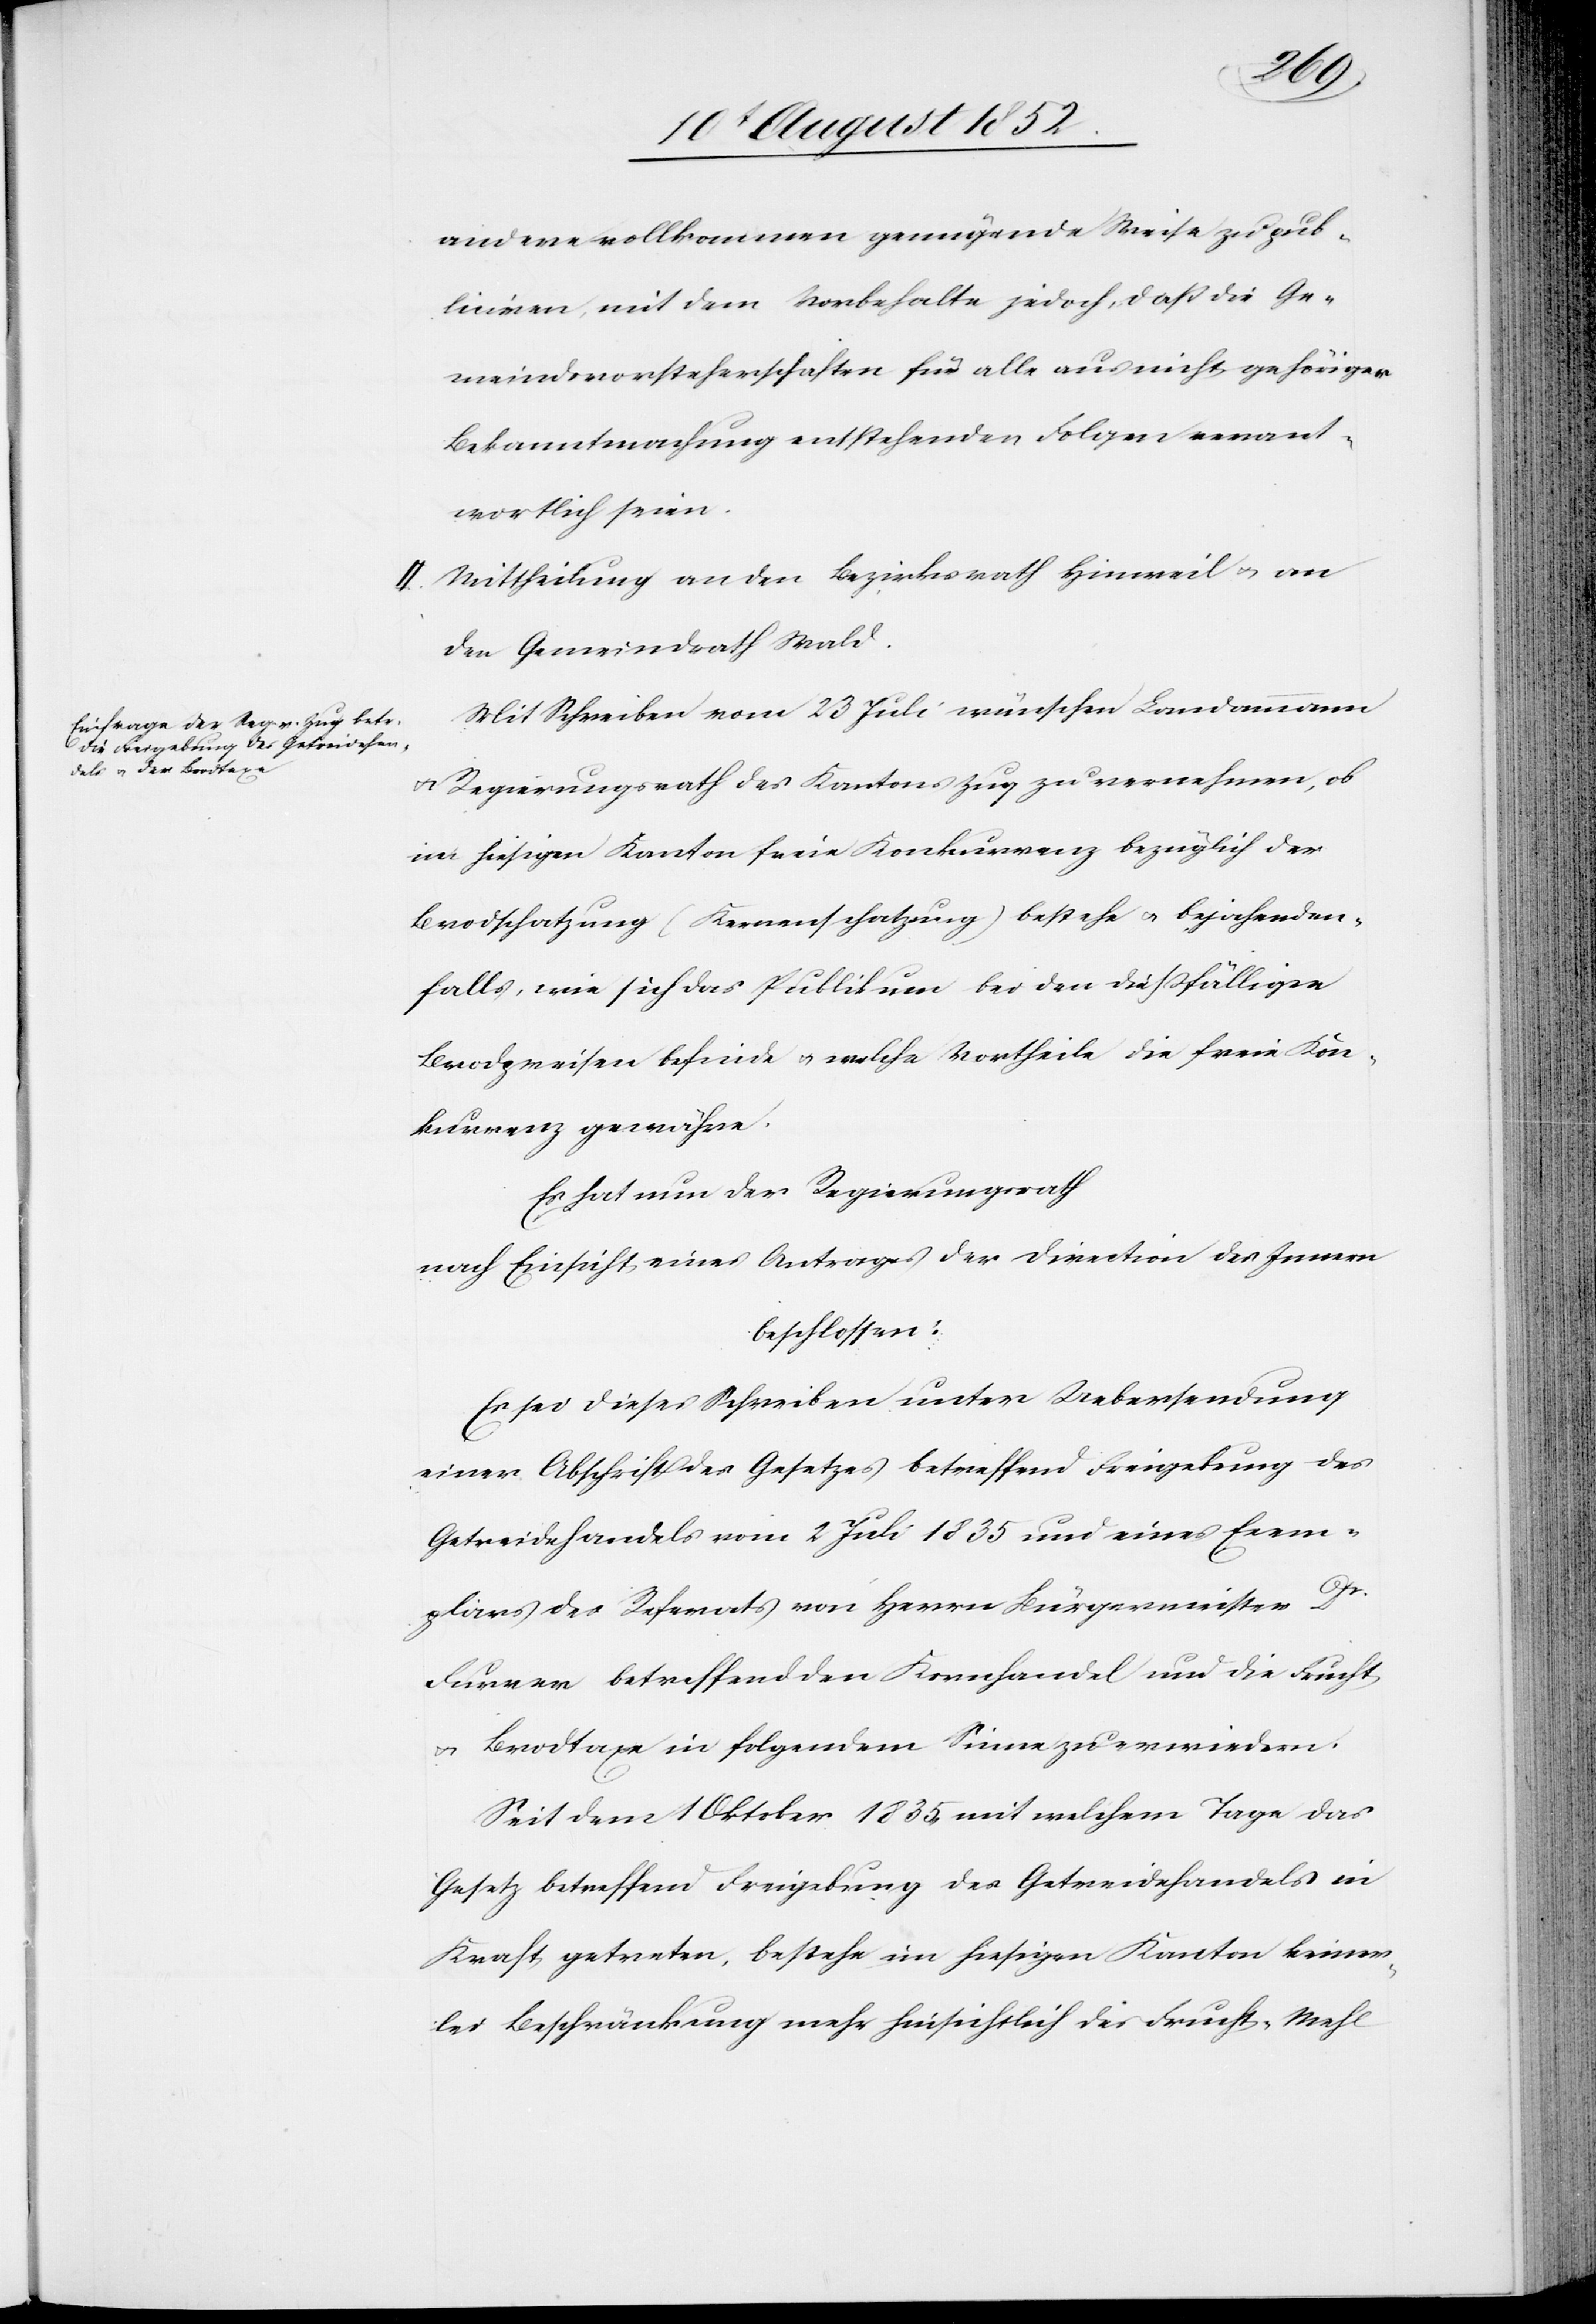
andere vollkommen genügende Weise zu pub¬
liciren, mit dem Vorbehalte jedoch, daß die Ge¬
meindsvorsteherschaften für alle aus nicht gehöriger
Bekanntmachung entstehenden Folgen verant¬
wortlich seien.
II. Mittheilung an den Bezirksrath Hinweil & an
den Gemeindrath Wald.
Mit Schreiben vom 23 Juli wünschen Landammann
& Regierungsrath des Kantons Zug zu vernehmen, ob
im hiesigen Kanton freie Konkurrenz bezüglich der
Brodschatzung (Kernenschatzung) bestehe & bejahenden¬
falls, wie sich das Publikum bei den dießfälligen
Brodpreisen befinde & welche Vortheile die freie Kon¬
kurrenz gewähre.
Es hat nun der Regierungsrath
nach Einsicht eines Antrages der Direction des Innern
beschlossen:
Es sei dieses Schreiben unter Uebersendung
einer Abschrift des Gesetzes betreffend Freigebung des
Getreidehandels vom 2 Juli 1835 und eines Exem¬
plars des Referats von Herrn Bürgermeister Dr.
Furrer betreffend den Kornhandel und die Frucht[-]
& Brodtaxe in folgendem Sinne zu erwiedern.
Seit dem 1 Oktober 1835, mit welchem Tage das
Gesetz betreffend Freigebung des Getreidehandels in
Kraft getreten, bestehe im hiesigen Kanton keiner¬
lei Beschränkung mehr hinsichtlich des Frucht-[,] Mehl[-]